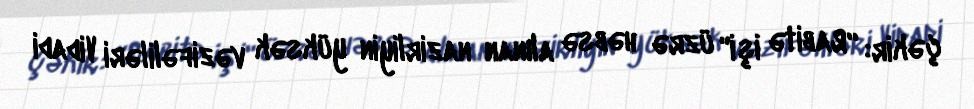
çəkir: “Rabitə işi" üzrə həbsə alınan nazirliyin yüksək vəzifəliləri Vidadi